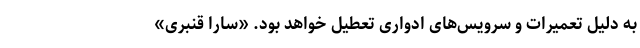
به دلیل تعمیرات و سرویس‌های ادواری تعطیل خواهد بود. «سارا قنبری»